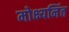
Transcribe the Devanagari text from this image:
मोक्ष्यनिंत